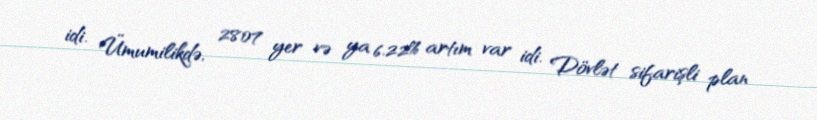
idi. Ümumilikdə, 2807 yer və ya 6.22% artım var idi. Dövlət sifarişli plan